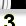
Digit: 3